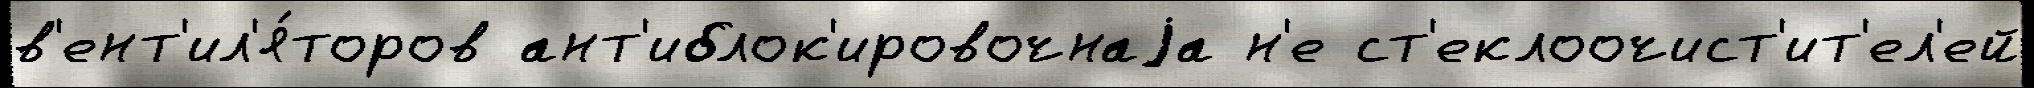
в'ент'ил'я́торов ант'иблок'ировочнаjа н'е ст'еклоочист'ит'ел'ей